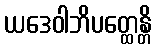
ယဒေဝါဘိပတ္ထေန္တိ